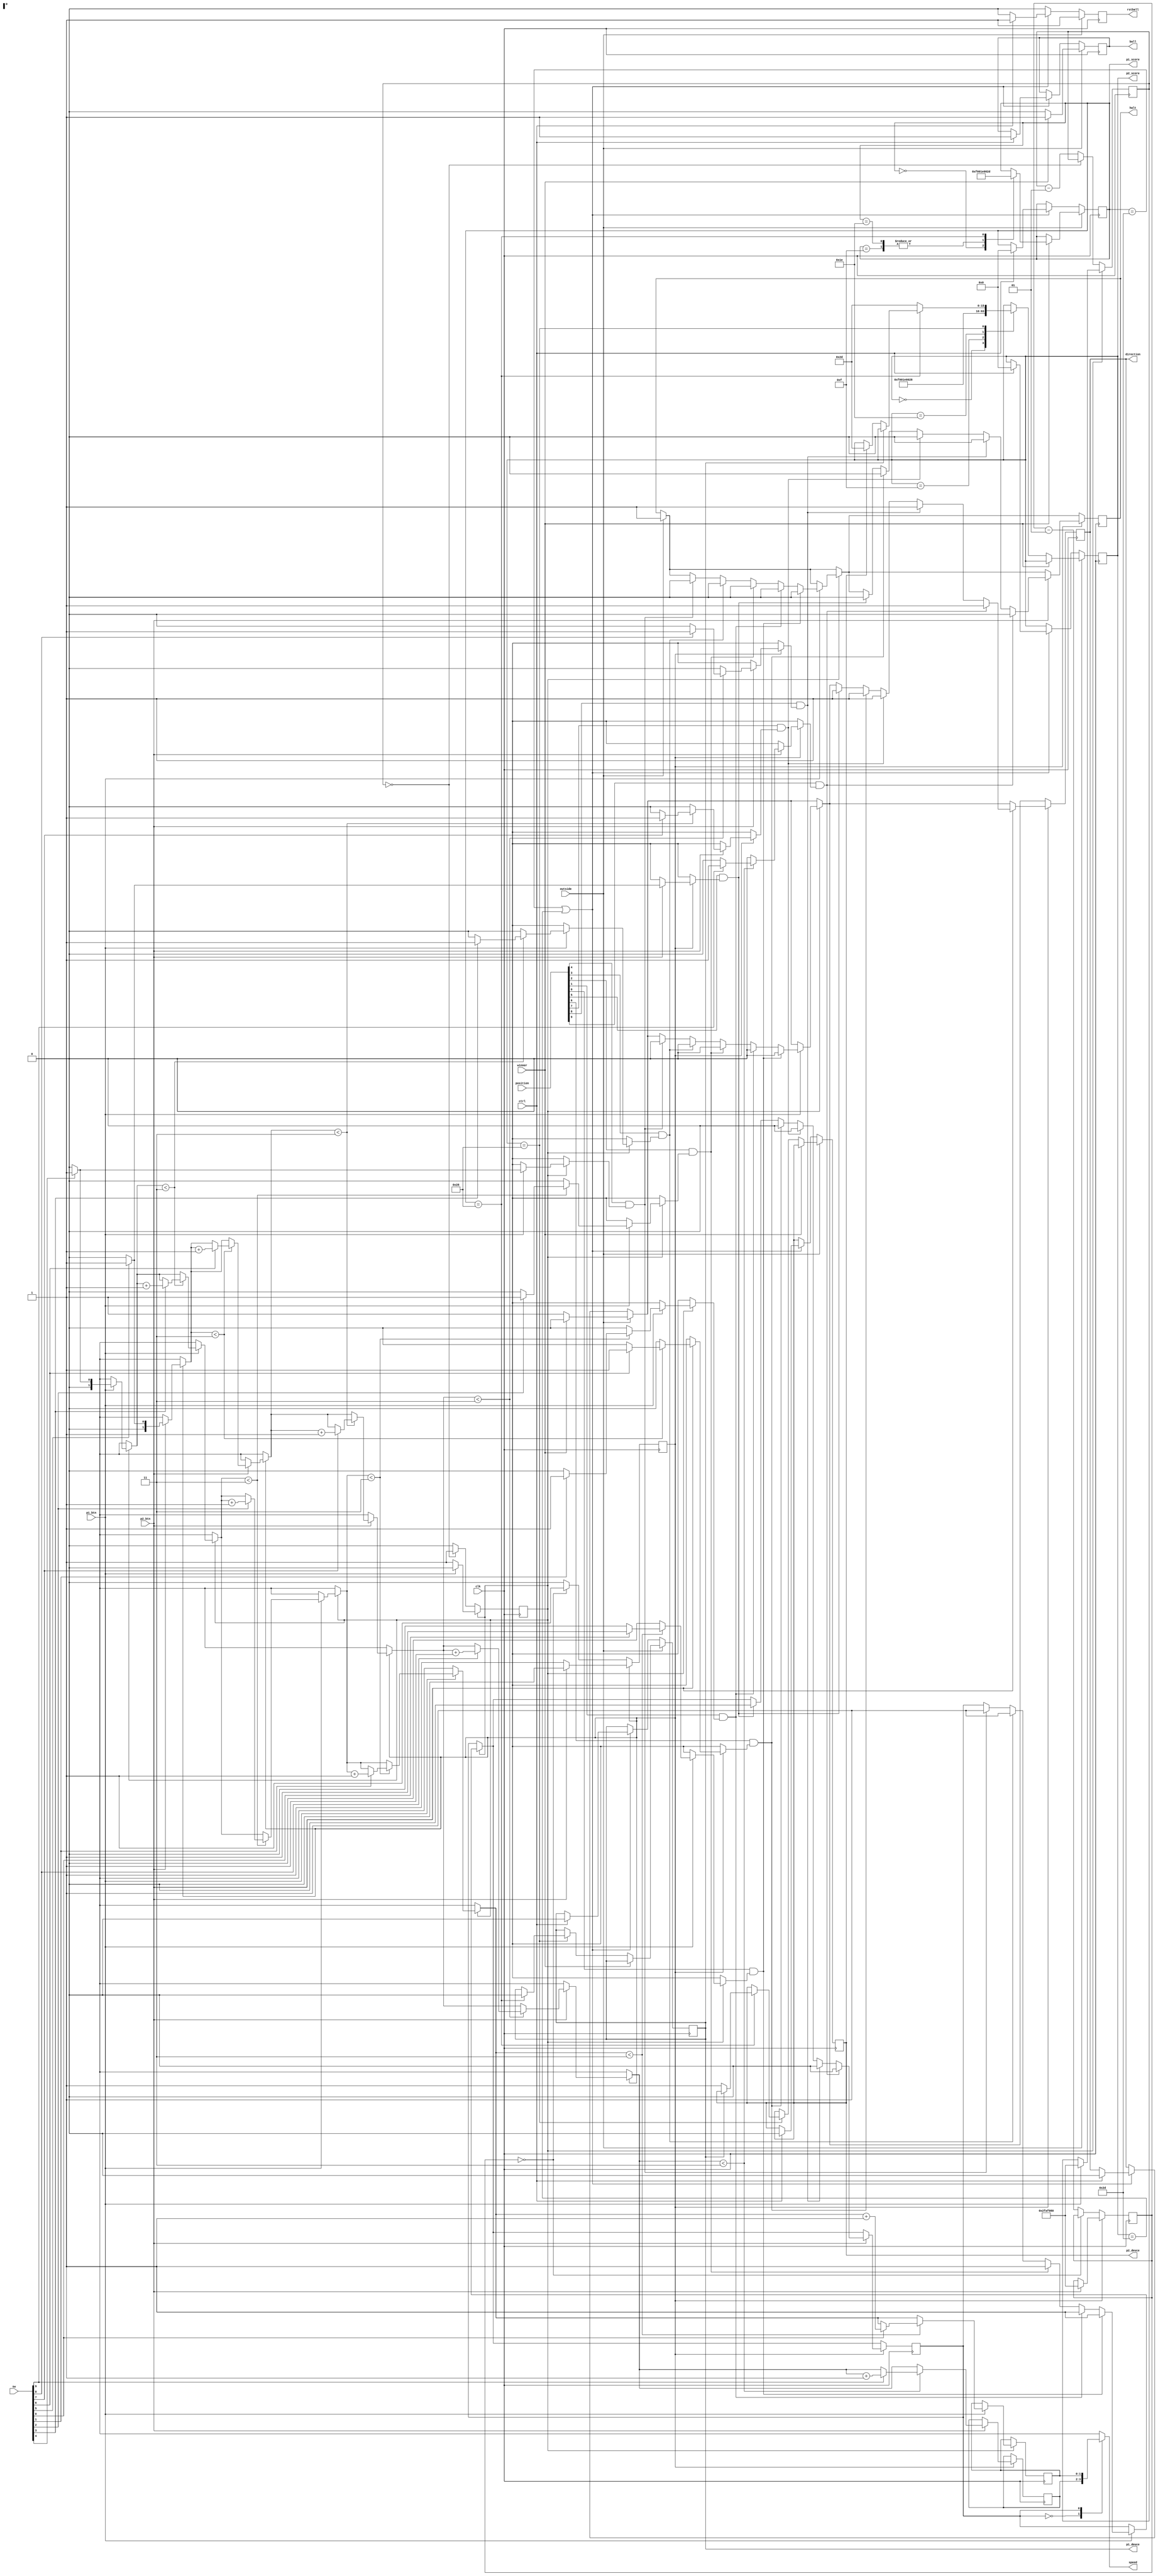
module controller (clk,sw,ctrl,p1_btn,p2_btn,position,outside,winner,
	speed,direction,halt,rstball,ball,p1_score,p2_score,p1_deuce,p2_deuce);

input clk;
input [9:0]sw;
input p1_btn,p2_btn,ctrl;
input [9:0]position;
input outside,winner;

output reg [1:0]speed;
output reg direction;
output reg [15:0]p1_score,p2_score;
output reg p1_deuce,p2_deuce;
output reg halt;
output reg ball;
output reg rstball;

reg [4:0]p1_zone;
reg [9:5]p2_zone;

reg sel;
reg p1_rdy,p2_rdy;
reg [1:0]p1_power,p2_power;

integer p1_idle,p2_idle;
integer p1_idx,p2_idx;

parameter counter_max=50000000;

initial begin
	p1_rdy=1;
	p2_rdy=1;
	halt=1;
	direction=0;
	ball=1;
	p1_score=0;
	p2_score=0;
	p1_deuce=0;
	p2_deuce=0;
end

always@(sel)begin
	case(sel)
		0: speed=p2_power;
		1: speed=p1_power;
	endcase
end

reg trigger;

always@(posedge clk) begin
	if(outside) begin
		halt=1;
		rstball=1;
		if(winner==1)begin
			ball=1;
			direction=0;
			case(p1_score)
				0: p1_score=15;
				15: p1_score=30;
				30: p1_score=30;
				40: begin
					if(p2_deuce==40)begin
						if(p2_deuce)
							p2_deuce=0;
						else if(p1_deuce)
							p1_score=45;
						else
							p1_deuce=1;
					end else begin
						p1_score = 45;
					end
				end
			endcase
		end else if(winner==0)begin
			ball=0;
			direction=1;
			case(p2_score)
				0: p2_score=15;
				15: p2_score=30;
				30: p2_score=40;
				40: begin
					if(p1_score==40)begin
						if(p1_deuce)
							p1_deuce=0;
						else if(p2_deuce)
							p2_score=45;
						else
							p2_deuce=1;
					end else begin
						p2_score=45;
					end
				end
			endcase
		end	
	end else begin
		rstball=0;
		if(p1_score == 45 || p2_score==45)begin
			if(ctrl)begin
				p1_score=0;
				p2_score=0;
				direction=0;
				ball=1;
				rstball=1;
				p1_deuce=0;
				p2_deuce=0;
			end
		end
	end
	
	if(p1_rdy) begin
		if(p1_btn) begin
			p1_rdy=0;
			p1_idle=counter_max;
			p1_power=0;
			for(p1_idx=4;p1_idx>=0;p1_idx=p1_idx-1)begin
				p1_zone[p1_idx]=0;
				if(p1_power<3)begin
					if(sw[p1_idx])begin
						p1_zone[p1_idx]=1;
						p1_power=p1_power+1;
					end
				end
			end
			
			for(p1_idx=4;p1_idx>=0;p1_idx=p1_idx-1)begin
				if(position[p1_idx]==1 && p1_zone[p1_idx]==1)begin
					direction=0;
					sel=1;
					halt=0;
				end
			end
		end
	end else begin
		if(p1_idle==0)begin
			p1_rdy=1;
		end else begin
			p1_idle=p1_idle-1;
		end
	end
			
					
	if(p2_rdy) begin
		if(p2_btn) begin
			p2_rdy=0;
			p2_idle=counter_max;
			p2_power=0;
			for(p2_idx=5;p2_idx<=9;p2_idx=p2_idx+1) begin
				p2_zone[p2_idx]=0;
				if(p2_power<3) begin
					if(sw[p2_idx])begin
						p2_zone[p2_idx]=1;
						p2_power=p2_power+1;
					end
				end
			end
			
			for(p2_idx=5;p2_idx<=9;p2_idx=p2_idx+1) begin
				if(position[p2_idx]==1 && p2_zone[p2_idx]==1) begin
					direction = 1;
					sel=0;
					halt=0;
				end
			end
		end
	end	else begin
		if(p2_idle==0) begin
			p2_rdy=1;
		end else begin
			p2_idle=p2_idle-1;
		end
	end

end

endmodule